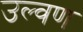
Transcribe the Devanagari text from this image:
उल्वण